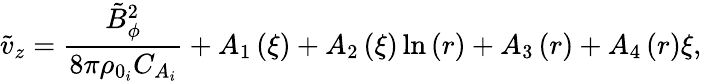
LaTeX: \tilde{v}_{z}=\frac{\tilde{B}_{\phi}^{2}}{8\pi\rho_{0_{i}}C_{A_{i}}}+A_{1}\left(\xi\right)+A_{2}\left(\xi\right)\ln\left(r\right)+A_{3}\left(r\right)+A_{4}\left(r\right)\xi,